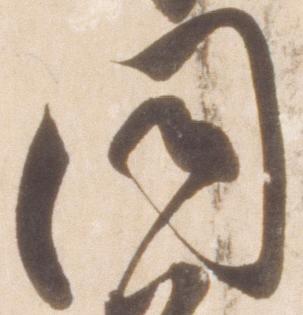
同